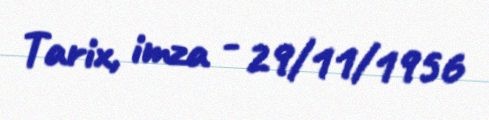
Tarix, imza - 29/11/1956